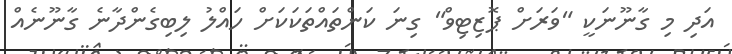
އަދި މި ގާނޫނަކީ "ވަރަށް ޕޮޒިޓިވް" ގިނަ ކަންތައްތަކަކަށް ހައްލު ލިބިގެންދާނެ ގާނޫނެއް